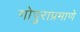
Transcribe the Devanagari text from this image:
गोपुराप्रमाणे